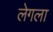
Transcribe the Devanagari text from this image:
लेगला